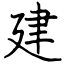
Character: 建